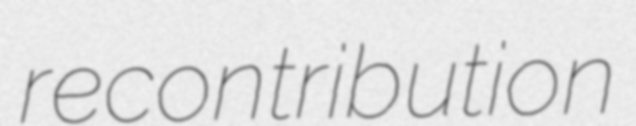
recontribution